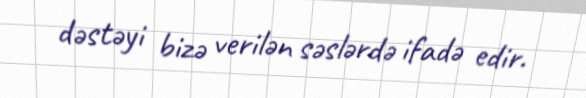
dəstəyi bizə verilən səslərdə ifadə edir.